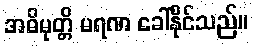
အဓိမုတ္တိ မရဏ ခေါ်နိုင်သည်။